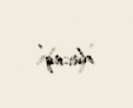
olacaq”.